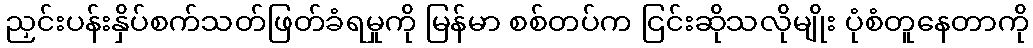
ညှင်းပန်းနှိပ်စက်သတ်ဖြတ်ခံရမှုကို မြန်မာ စစ်တပ်က ငြင်းဆိုသလိုမျိုး ပုံစံတူနေတာကို